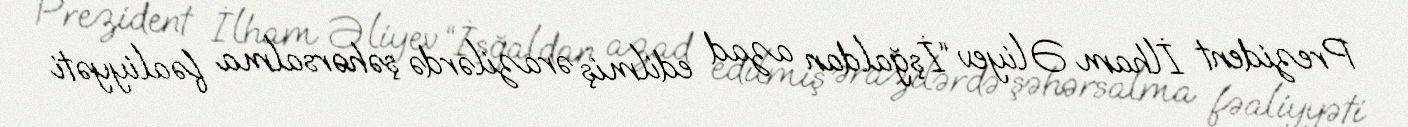
Prezident İlham Əliyev “İşğaldan azad edilmiş ərazilərdə şəhərsalma fəaliyyəti